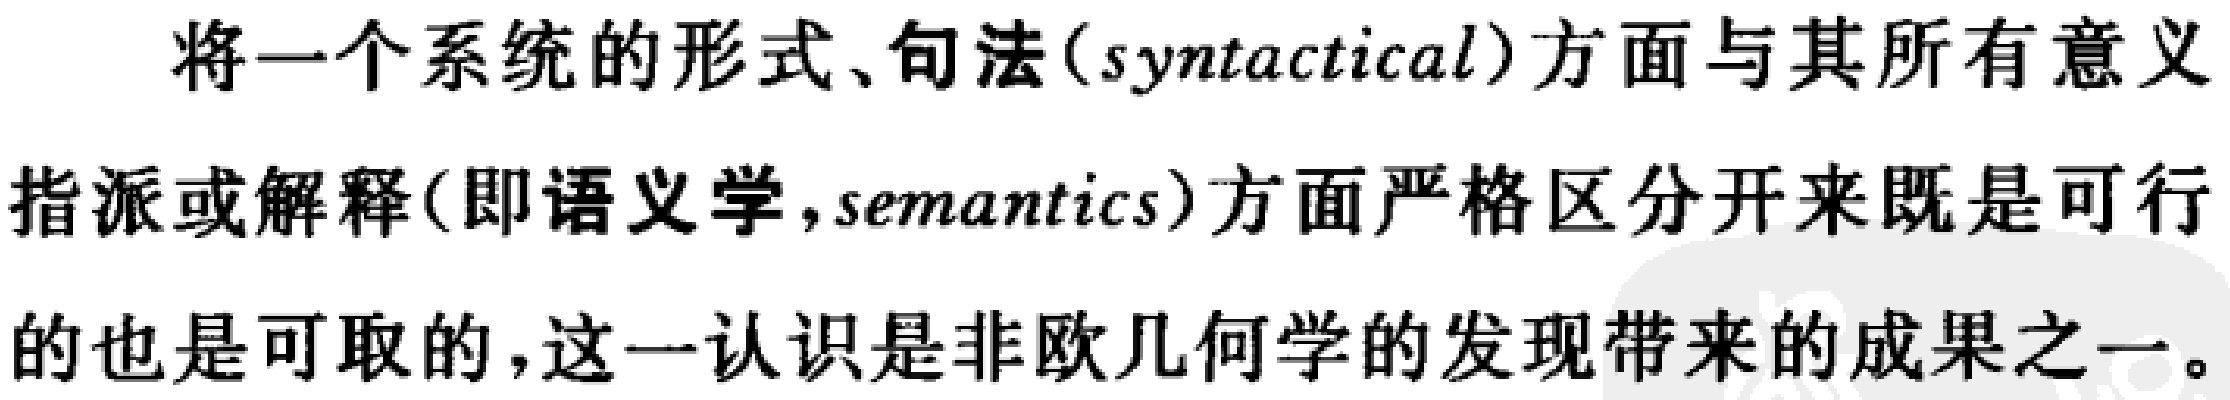
将一个系统的形式、句法(syntactical)方面与其所有意义指派或解释(即语义学,semantics)方面严格区分开来既是可行的也是可取的,这一认识是非欧几何学的发现带来的成果之一。